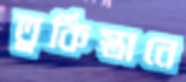
তুর্কিস্তানে